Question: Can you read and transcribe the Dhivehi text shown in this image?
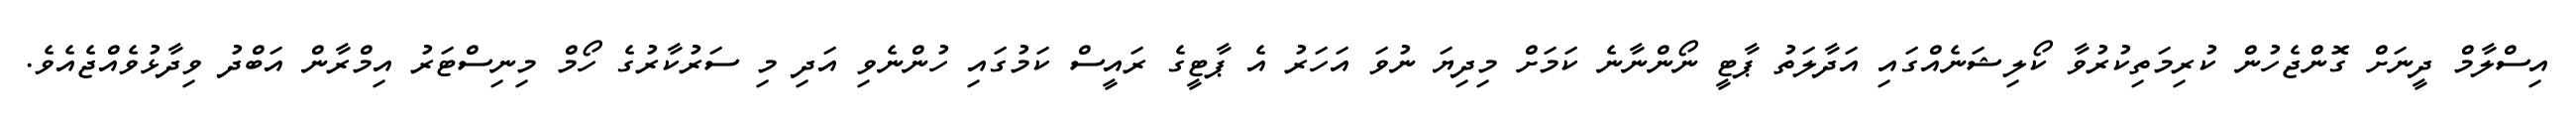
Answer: އިސްލާމް ދީނަށް ގޮންޖެހުން ކުރިމަތިކުރުވާ ކޯލިޝަނެއްގައި އަދާލަތު ޕާޓީ ނޯންނާނެ ކަމަށް މިދިޔަ ނުވަ އަހަރު އެ ޕާޓީގެ ރައީސް ކަމުގައި ހުންނެވި އަދި މި ސަރުކާރުގެ ހޯމް މިނިސްޓަރު އިމްރާން އަބްދު ވިދާޅުވެއްޖެއެވެ.